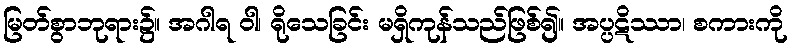
မြတ်စွာဘုရား၌။ အဂါရ ဝါ၊ ရိုသေခြင်း မရှိကုန်သည်ဖြစ်၍။ အပ္ပဋိဿာ၊ စကားကို